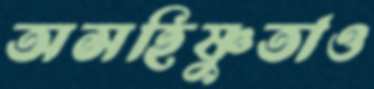
অসহিষ্ণুতাও